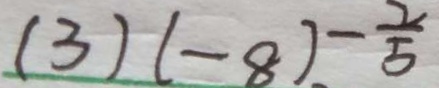
( 3 ) ( - 8 ) - \frac { 2 } { 5 }